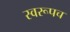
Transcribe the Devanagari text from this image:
स्वरूपच